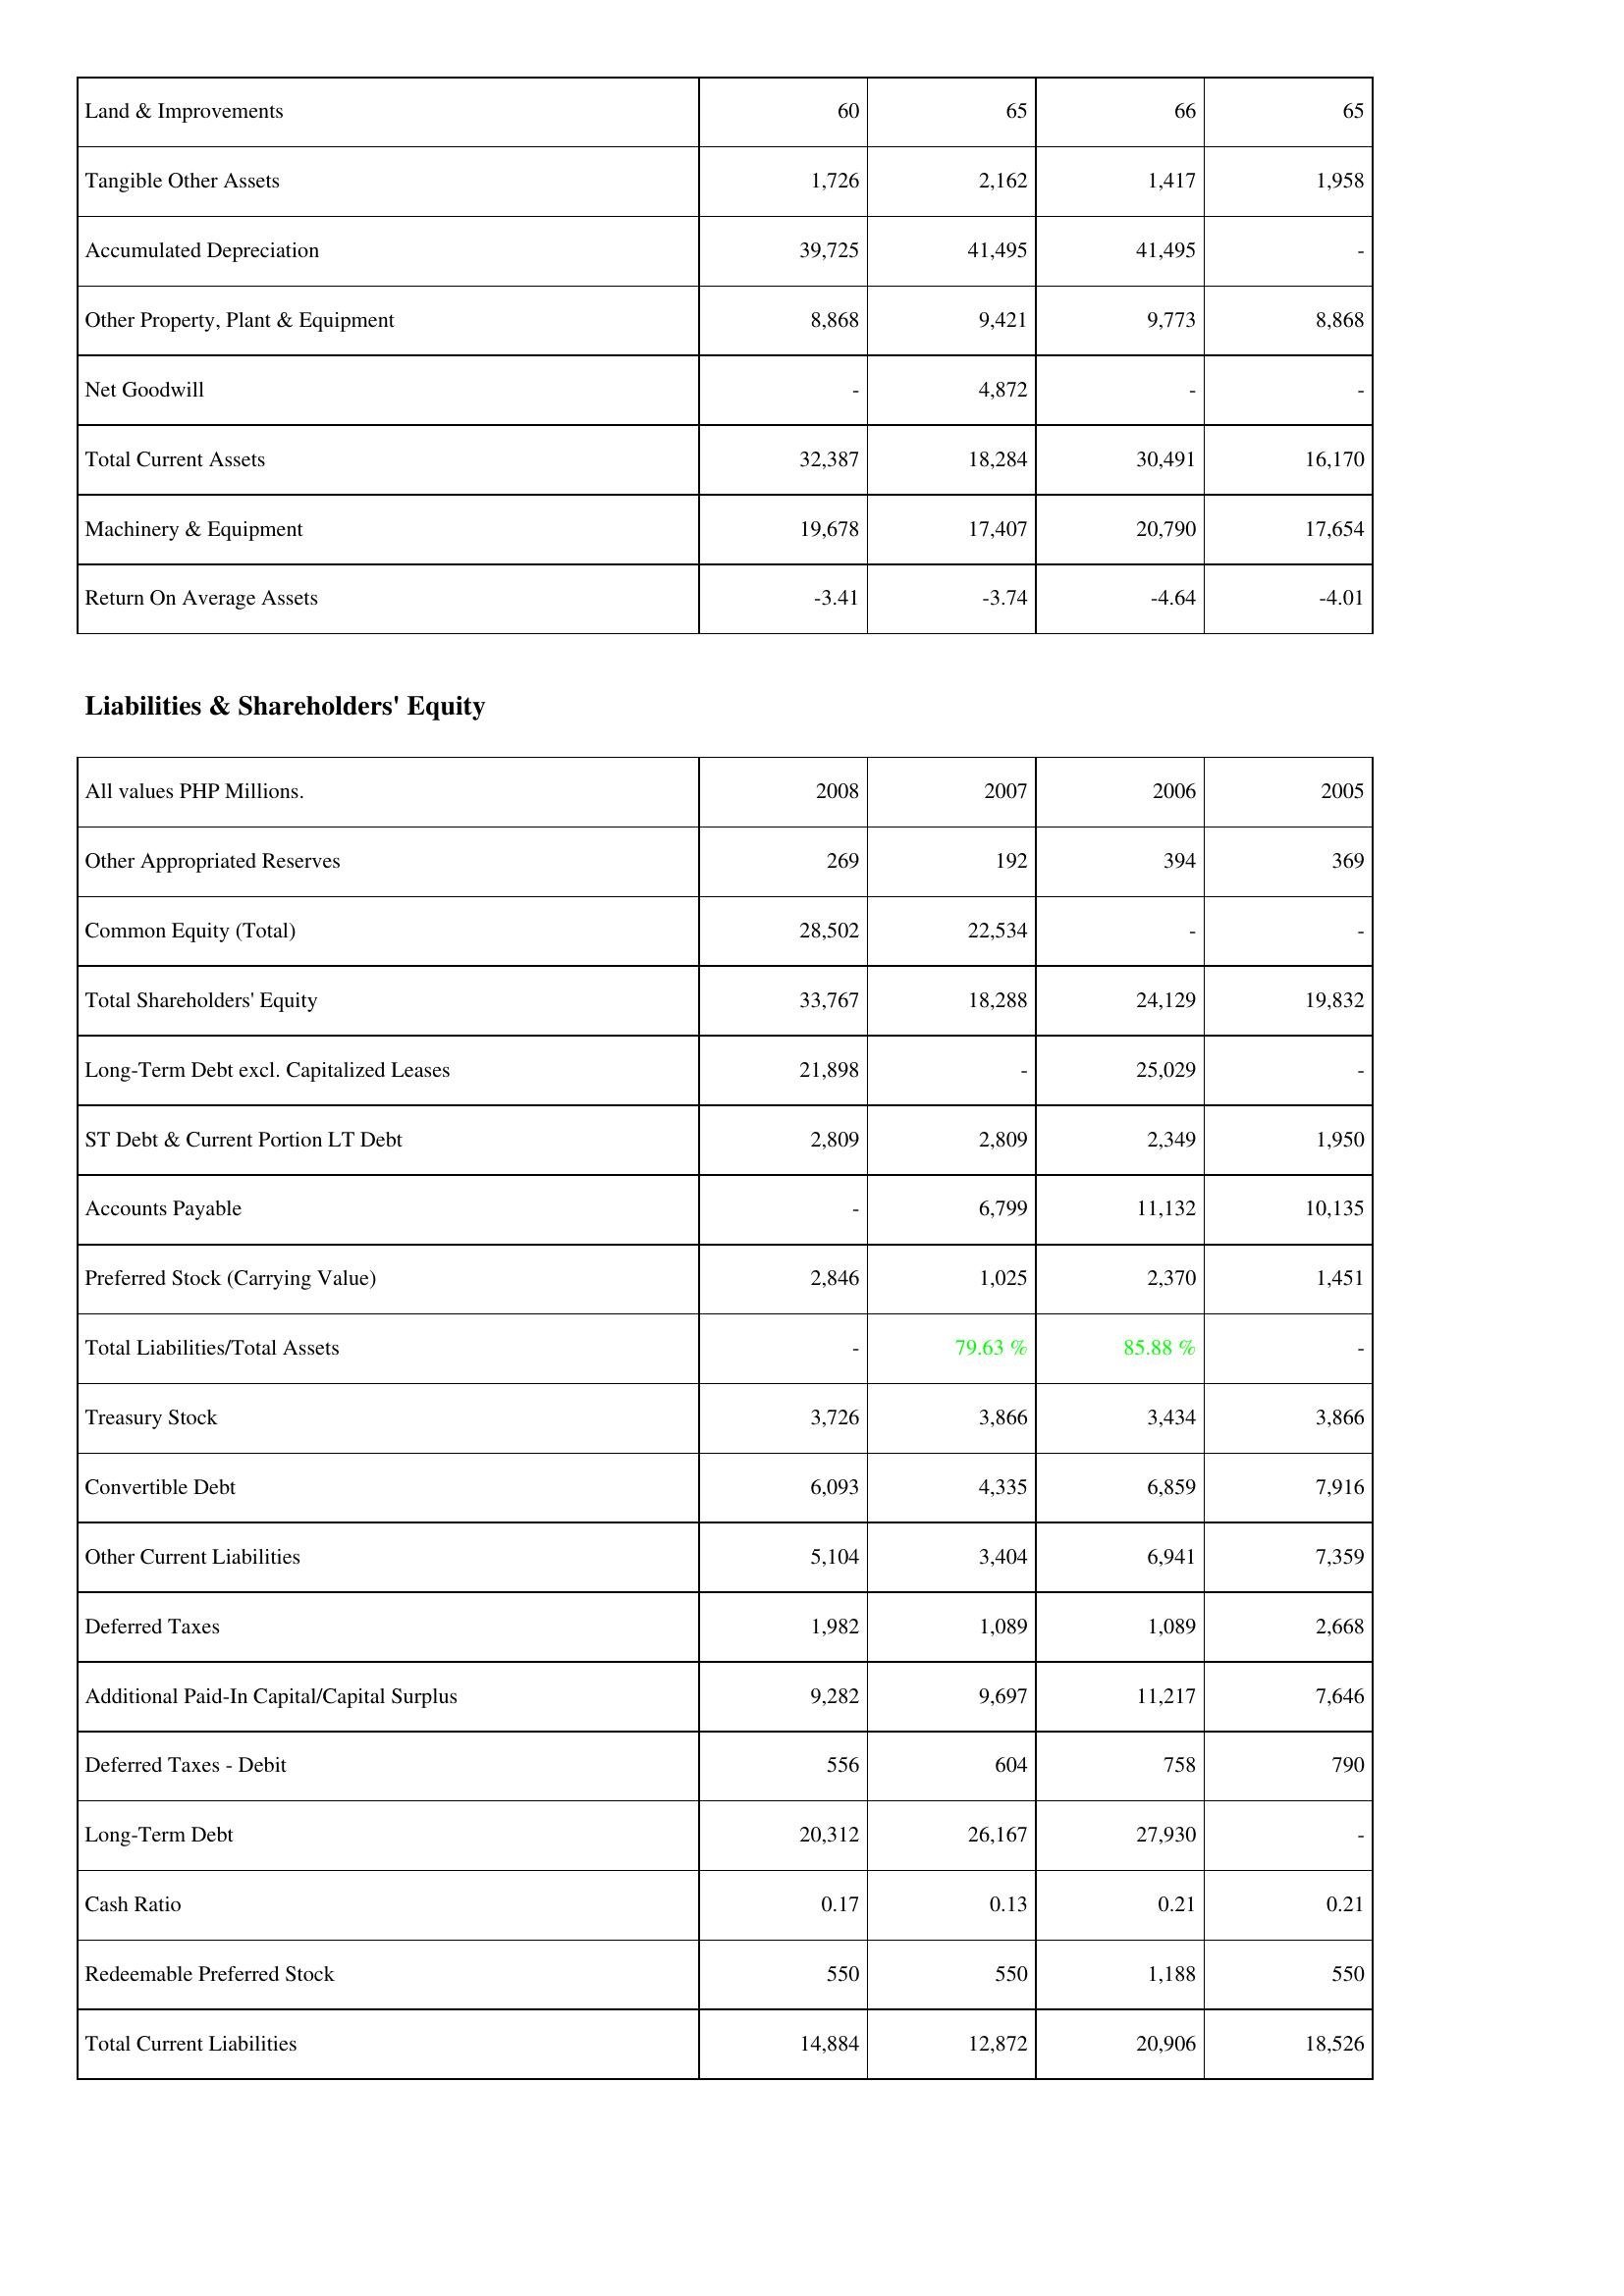
2008: Assets: Land & Improvements: 60
Tangible Other Assets: 1,726
Accumulated Depreciation: 39,725
Other Property, Plant & Equipment: 8,868
Net Goodwill: -
Total Current Assets: 32,387
Machinery & Equipment: 19,678
Return On Average Assets: -3.41
Liabilities & Shareholders' Equity: Other Appropriated Reserves: 269
Common Equity (Total): 28,502
Total Shareholders' Equity: 33,767
Long-Term Debt excl. Capitalized Leases: 21,898
ST Debt & Current Portion LT Debt: 2,809
Accounts Payable: -
Preferred Stock (Carrying Value): 2,846
Total Liabilities/Total Assets: -
Treasury Stock: 3,726
Convertible Debt: 6,093
Other Current Liabilities: 5,104
Deferred Taxes: 1,982
Additional Paid-In Capital/Capital Surplus: 9,282
Deferred Taxes - Debit: 556
Long-Term Debt: 20,312
Cash Ratio: 0.17
Redeemable Preferred Stock: 550
Total Current Liabilities: 14,884
2007: Assets: Land & Improvements: 65
Tangible Other Assets: 2,162
Accumulated Depreciation: 41,495
Other Property, Plant & Equipment: 9,421
Net Goodwill: 4,872
Total Current Assets: 18,284
Machinery & Equipment: 17,407
Return On Average Assets: -3.74
Liabilities & Shareholders' Equity: Other Appropriated Reserves: 192
Common Equity (Total): 22,534
Total Shareholders' Equity: 18,288
Long-Term Debt excl. Capitalized Leases: -
ST Debt & Current Portion LT Debt: 2,809
Accounts Payable: 6,799
Preferred Stock (Carrying Value): 1,025
Total Liabilities/Total Assets: 79.63 %
Treasury Stock: 3,866
Convertible Debt: 4,335
Other Current Liabilities: 3,404
Deferred Taxes: 1,089
Additional Paid-In Capital/Capital Surplus: 9,697
Deferred Taxes - Debit: 604
Long-Term Debt: 26,167
Cash Ratio: 0.13
Redeemable Preferred Stock: 550
Total Current Liabilities: 12,872
2006: Assets: Land & Improvements: 66
Tangible Other Assets: 1,417
Accumulated Depreciation: 41,495
Other Property, Plant & Equipment: 9,773
Net Goodwill: -
Total Current Assets: 30,491
Machinery & Equipment: 20,790
Return On Average Assets: -4.64
Liabilities & Shareholders' Equity: Other Appropriated Reserves: 394
Common Equity (Total): -
Total Shareholders' Equity: 24,129
Long-Term Debt excl. Capitalized Leases: 25,029
ST Debt & Current Portion LT Debt: 2,349
Accounts Payable: 11,132
Preferred Stock (Carrying Value): 2,370
Total Liabilities/Total Assets: 85.88 %
Treasury Stock: 3,434
Convertible Debt: 6,859
Other Current Liabilities: 6,941
Deferred Taxes: 1,089
Additional Paid-In Capital/Capital Surplus: 11,217
Deferred Taxes - Debit: 758
Long-Term Debt: 27,930
Cash Ratio: 0.21
Redeemable Preferred Stock: 1,188
Total Current Liabilities: 20,906
2005: Assets: Land & Improvements: 65
Tangible Other Assets: 1,958
Accumulated Depreciation: -
Other Property, Plant & Equipment: 8,868
Net Goodwill: -
Total Current Assets: 16,170
Machinery & Equipment: 17,654
Return On Average Assets: -4.01
Liabilities & Shareholders' Equity: Other Appropriated Reserves: 369
Common Equity (Total): -
Total Shareholders' Equity: 19,832
Long-Term Debt excl. Capitalized Leases: -
ST Debt & Current Portion LT Debt: 1,950
Accounts Payable: 10,135
Preferred Stock (Carrying Value): 1,451
Total Liabilities/Total Assets: -
Treasury Stock: 3,866
Convertible Debt: 7,916
Other Current Liabilities: 7,359
Deferred Taxes: 2,668
Additional Paid-In Capital/Capital Surplus: 7,646
Deferred Taxes - Debit: 790
Long-Term Debt: -
Cash Ratio: 0.21
Redeemable Preferred Stock: 550
Total Current Liabilities: 18,526